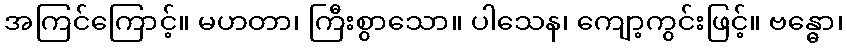
အကြင်ကြောင့်။ မဟတာ၊ ကြီးစွာသော။ ပါသေန၊ ကျော့ကွင်းဖြင့်။ ဗန္ဓော၊